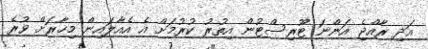
އަދި ރާއްޖެ އަންނަ ޓޫރިސްޓުން އިތުރު ކުރުމަށް އެ އެއާލައިން މިހާރަށް ވުރެ